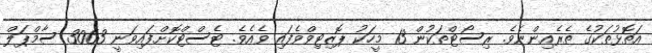
އަތޮޅުތަކުގެ ތެރެއިންނެވެ. ރިސޯޓްތަކުން 13 މީހަކު ޕޮޒިޓިވްވެފައި ވެއެެވެ. ޓެސްޓްކޮށްފައިވަނީ 3063 ސާމްޕަލް